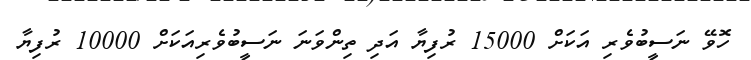
ހޮވޭ ނަސީބުވެރި އަކަށް 15000 ރުފިޔާ އަދި ތިންވަނަ ނަސީބުވެރިއަކަށް 10000 ރުފިޔާ